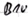
Text: B10